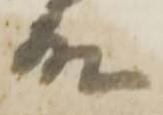
殿